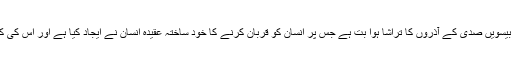
ریاست کا تقدس بیسویں صدی کے آذروں کا تراشا ہوا بت ہے جس پر انسان کو قربان کرنے کا خود ساختہ عقیدہ انسان نے ایجاد کیا ہے اور اس کی کوئی حقیقت نہیں۔